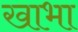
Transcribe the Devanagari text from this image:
खाभा